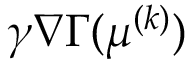
\gamma \nabla \Gamma ( \boldsymbol { \mu } ^ { ( k ) } )